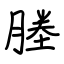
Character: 塍